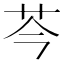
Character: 芩